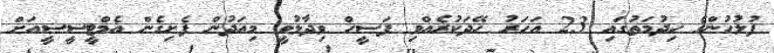
ފުލުހުންގެ ހިދުމަތުގައި 23 އަހަރު ހޭދަކުރެއްވި ފަސީހް ވިދާޅުވީ މިއަދުން ފެށިގެން އެމްޓީސީސީއަށް